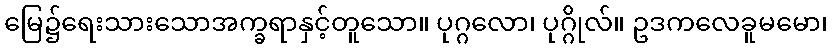
မြေ၌ရေးသားသောအက္ခရာနှင့်တူသော။ ပုဂ္ဂလော၊ ပုဂ္ဂိုလ်။ ဥဒကလေခူမမော၊